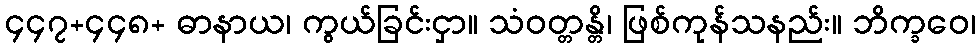
၄၄၇+၄၄၈+ ဓာနာယ၊ ကွယ်ခြင်းငှာ။ သံဝတ္တန္တိ၊ ဖြစ်ကုန်သနည်း။ ဘိက္ခဝေ၊